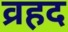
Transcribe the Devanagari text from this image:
व्रहद